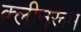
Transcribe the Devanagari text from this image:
क्लीनरूम